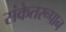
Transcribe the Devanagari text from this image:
संकेतरूपान